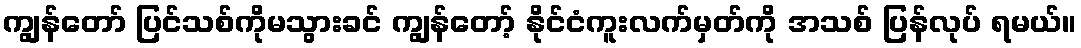
ကျွန်တော် ပြင်သစ်ကိုမသွားခင် ကျွန်တော့် နိုင်ငံကူးလက်မှတ်ကို အသစ် ပြန်လုပ် ရမယ်။